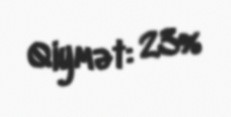
Qiymət: 23%